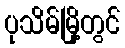
ပုသိမ်မြို့တွင်